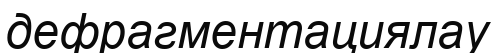
дефрагментациялау